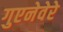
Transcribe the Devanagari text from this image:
गुएनेवेरे